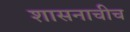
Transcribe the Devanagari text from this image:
शासनाचीच